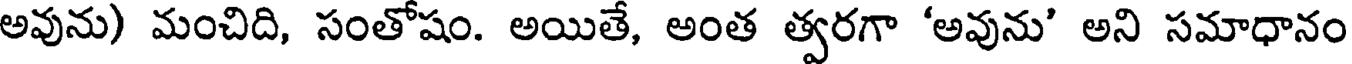
అవును) మంచిది, సంతోషం. అయితే, అంత త్వరగా 'అవును' అని సమాధానం